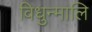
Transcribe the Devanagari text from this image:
विधुन्मालि